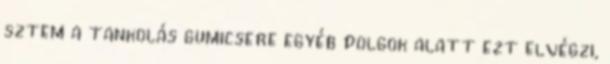
sztem a tankolás gumicsere egyéb dolgok alatt ezt elvégzi,